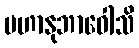
မဟာနုဘာဝေါသိ